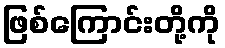
ဖြစ်ကြောင်းတို့ကို